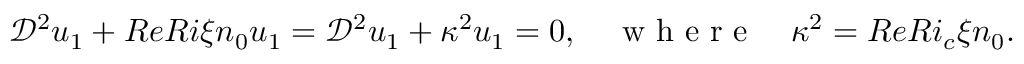
\mathcal { D } ^ { 2 } u _ { 1 } + { R e R i \xi n _ { 0 } } u _ { 1 } = \mathcal { D } ^ { 2 } u _ { 1 } + \kappa ^ { 2 } u _ { 1 } = 0 , \quad \mathrm { ~ w ~ h ~ e ~ r ~ e ~ } \quad \kappa ^ { 2 } = { R e R i _ { c } \xi n _ { 0 } } .